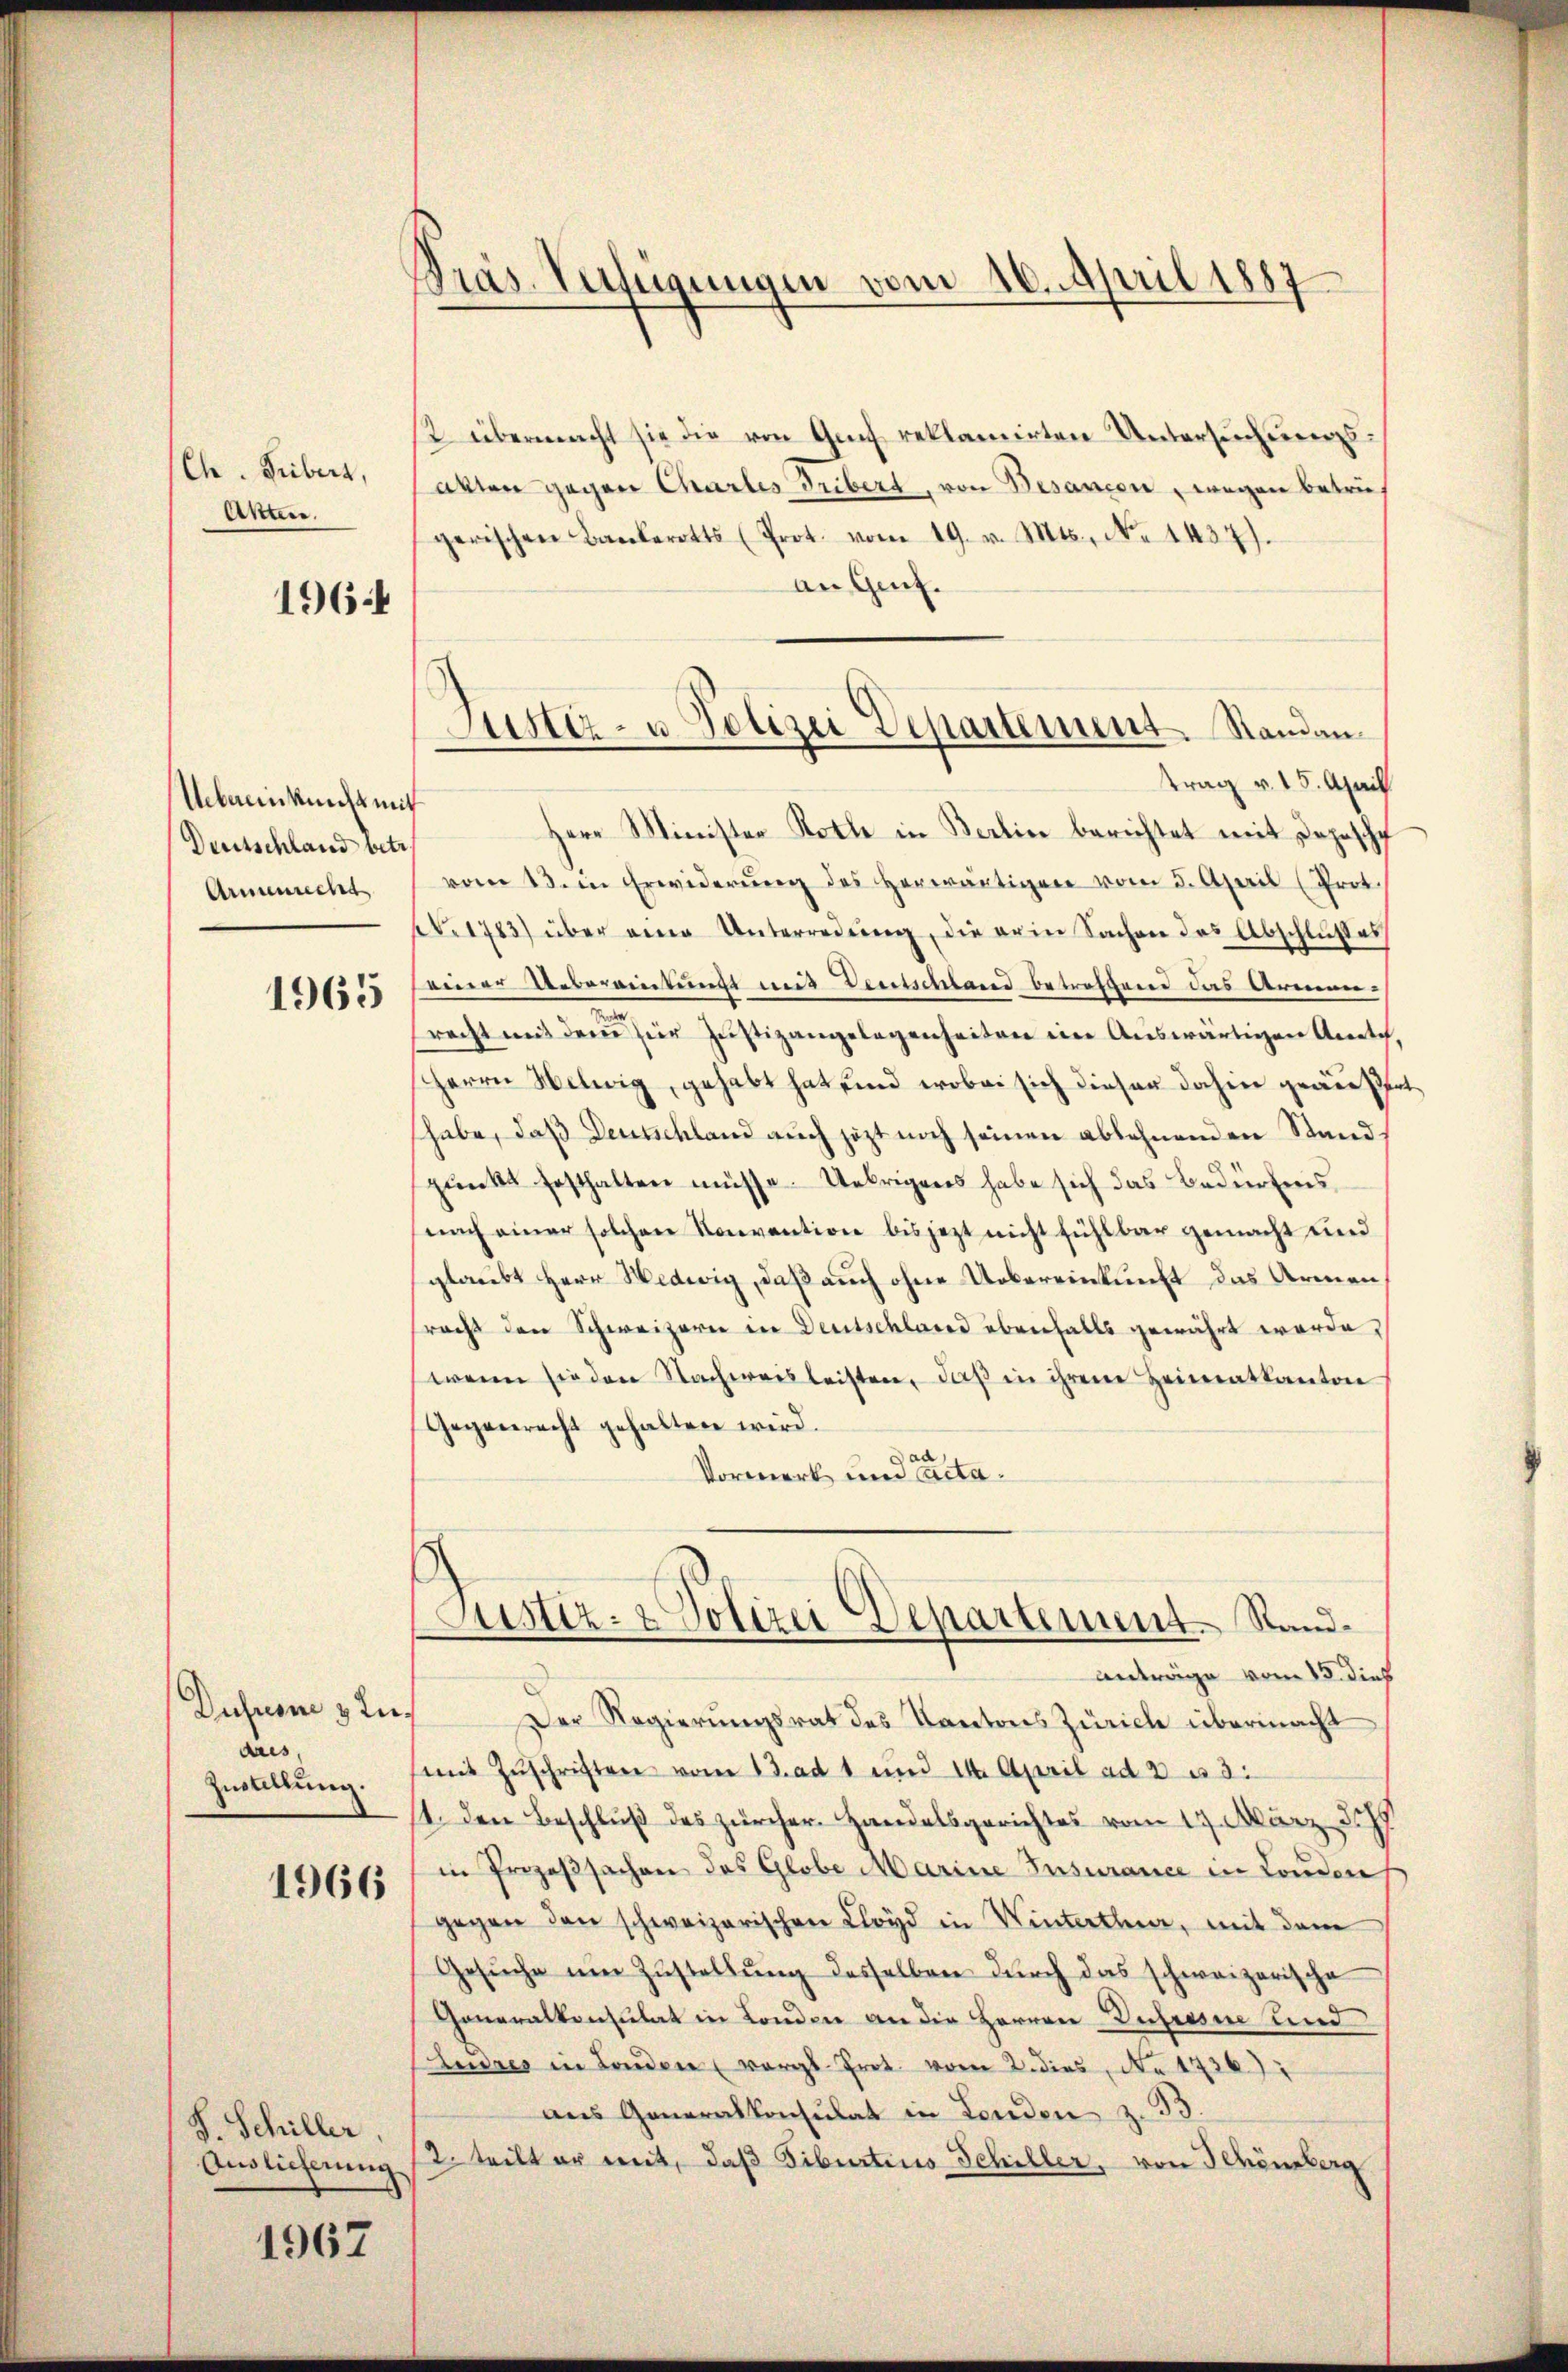
Ch. Fiebert,
Akten.

1964

Uebereinkunft mit
Deutschland betr.
Armenrecht
1965

Dusnom & unaus,
Zustellung.

1966

S. Schiller,
Auslieferung.

1967

¬
Gräs. Verfügungen vom 26. April 1887

2 übermacht sie die von Genf reklamirten Untersuchungs¬
Akten gegen Charles Triber, von Besancen wegen betrif
gerischen Bankerotts (Prot. vom 19. v. Mts., No 1437).
an Genf.
Herr Minister Rothe in Berlin berichtet mit Depesche
vom 13. in Erwiderŭng des herwärtigen vom 5. April (Prot.
. 1783) über eine Unterredung, die erin Sachen des Abschlußes
einer Uebereinkunft mit Deutschland betroffend das Armen-
racht mit dem zur Justizangelegenheiten eine Auswärtigen Anrich,
HHerrn Helwig, gehabt hat und wobei sich dieser dahin geäuß
habe, daß Deutschland auch jetzt noch seinen ablehnenden Standpunkt festhalten müsse. Uebrigens habe sich das Bedürfens
nach einer solchen Konvention bis jezt nicht fühlbar gemacht und
glaubt Herr Hedwig, daß auch ohne Uebereinkunft das Armen,
racht den Schweizern in Deutschland ebenfalls gewährt worde
wenn sie den Nachweisleisten, daβ in ihrem Heimatkanton
Gegenrecht gehalten wird.
Vormerk und Ca
Justiz- & Polizei Departement. Stand¬
Anträge vom 18. dies
Der Regierungsrat des Kantons Zürich übermacht
(mit Zŭschriften vom 13. ad 1 und 14. April ad 2 u 3
1. Den Beschluß des zürcher Handelsgerichtes vom 17. März d.
in Prozeβsachen des Globe Marine Insurance in London
gegen den schweizerischen Kloyd in Winterthur, mit dem
Gesŭche um Zustellung desselben durch das schweizerische
Generalkonsulat in London an die Herren Dusiasie und
Ludres in London (vergl. Prot. vom 2. dies, No 1726)
aus Generalkonsulat in Landen z. B.
2. teilt er mit, daß Fiburtins Schiller, von Schönberg

Justiz- u Polizei Departement. Standan
ttrag v. 15. April